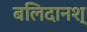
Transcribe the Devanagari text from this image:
बलिदानश्